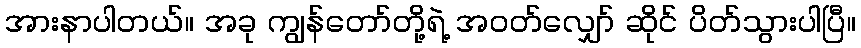
အားနာပါတယ်။ အခု ကျွန်တော်တို့ရဲ့ အဝတ်လျှော် ဆိုင် ပိတ်သွားပါပြီ။